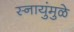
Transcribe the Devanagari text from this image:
स्नायुंमुळे